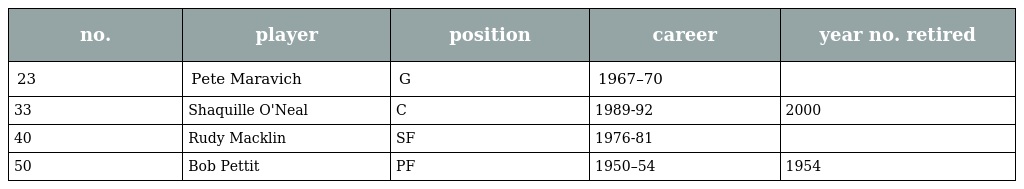
| no. | player | position | career | year no. retired |
 | --- | --- | --- | --- | --- |
 | 23 | Pete Maravich | G | 1967–70 |  |
 | 33 | Shaquille O'Neal | C | 1989-92 | 2000 |
 | 40 | Rudy Macklin | SF | 1976-81 |  |
 | 50 | Bob Pettit | PF | 1950–54 | 1954 |